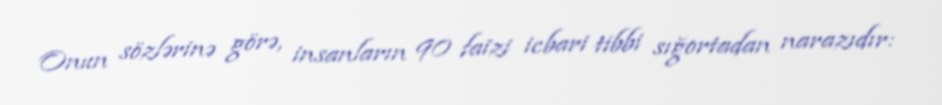
Onun sözlərinə görə, insanların 90 faizi icbari tibbi sığortadan narazıdır: